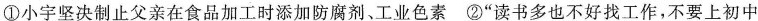
①小宇坚决制止父亲在食品加工时添加防腐剂、工业色素②”读书多也不好找工作，不要上初中